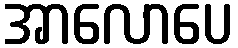
အာလောပေ